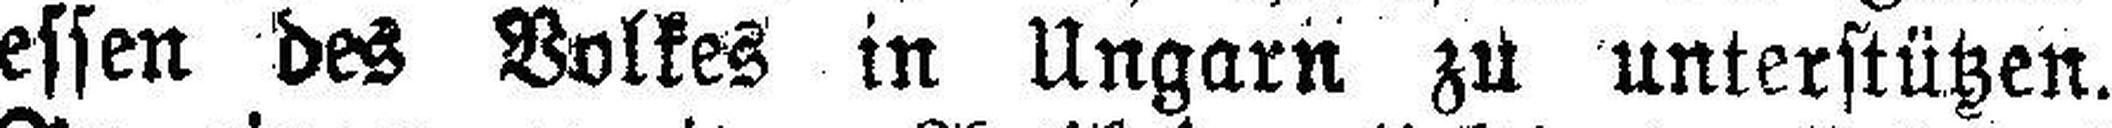
essen des Volkes in Ungarn zu unterstützen.